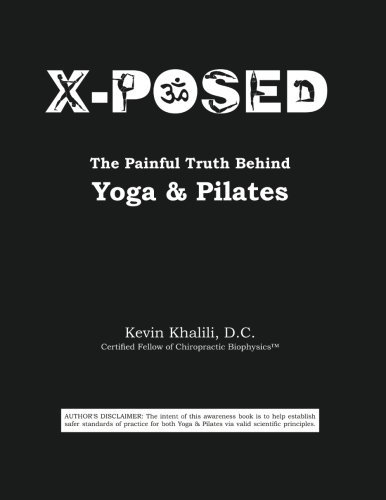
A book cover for Super Human Yoga & Pilates; Kevin Khalili D.C.; Health, Fitness & Dieting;